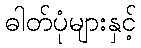
ဓါတ်ပုံများနှင့်